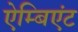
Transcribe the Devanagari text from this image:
ऐम्बिएंट